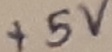
Text: +5V